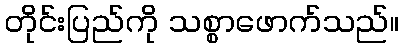
တိုင်းပြည်ကို သစ္စာဖောက်သည်။